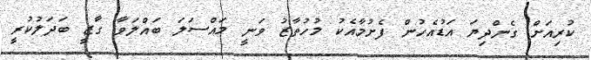
ކުރިއަށް ގެންދިޔަ އަޑުއެހުން ފެށުމާއެކު މުހުތާޒު ވަނީ މައްސަލަ ބައްލަވާ ގާޒީ ބަދަލުކުރީ